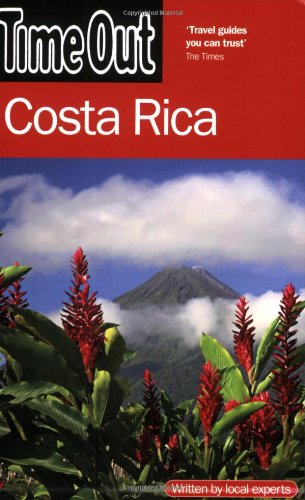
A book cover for Time Out Costa Rica (Time Out Guides); The Editors of Time Out; Travel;